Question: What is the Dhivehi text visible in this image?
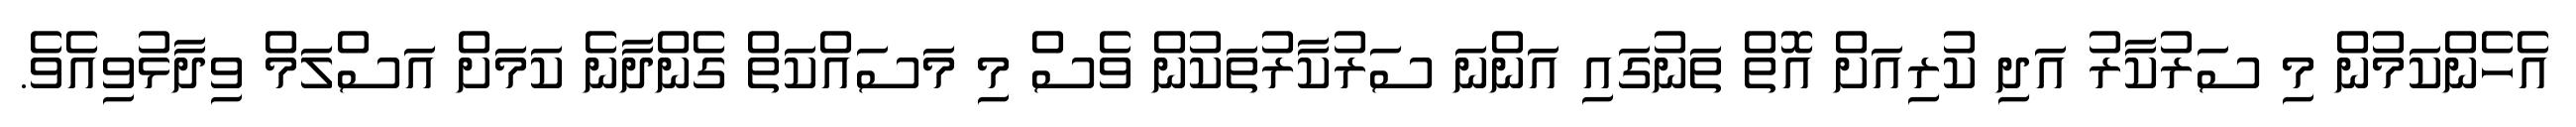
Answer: އެހެންކަމުން މި ސަރުކާރު އަދި ކުރިއަށް އޮތް ތަނުގައި އަންނަ ސަރުކާރުތަކުން ވެސް މި މަސައްކަތް ގެންދާނެ ކަމަށް އަސްލަމް ވިދާޅުވިއެވެ.